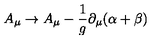
A _ { \mu } \to A _ { \mu } - \frac { 1 } { g } \partial _ { \mu } ( \alpha + \beta )